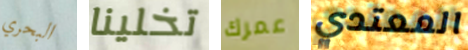
البحري تخلينا عمرك المعتدي